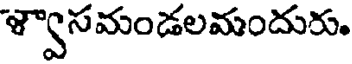
ళ్వాసమండలమందురు.